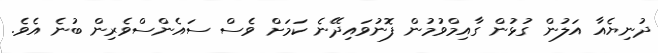
ދުނިޔެއާ އަލުން ގުޅުން ގާއިމްވުމުން ފޮނުވައިދޭނެ ކަމަށް ވެސް ސައެންސްވެރިން ބުނެ އެވެ.